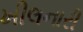
ખીલનારી